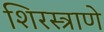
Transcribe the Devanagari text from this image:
शिरस्त्राणे